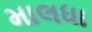
માલધા